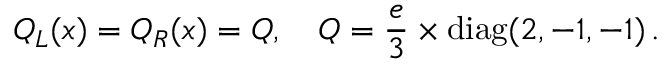
Q _ { L } ( x ) = Q _ { R } ( x ) = Q , \quad Q = \frac { e } { 3 } \times \mathrm { d i a g } ( 2 , - 1 , - 1 ) \, .